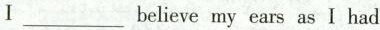
I ___ believe my ears as I had